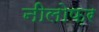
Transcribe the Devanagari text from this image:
नीलोफ़र